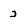
Character: 2